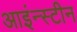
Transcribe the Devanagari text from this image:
आइंन्स्टीन